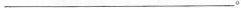
___。